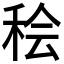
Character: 𫞷